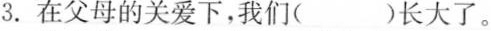
3.在父母的关爱下，我们( )长大了。